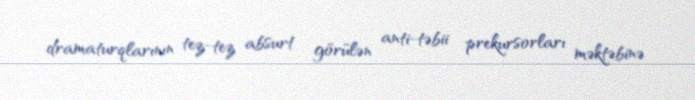
dramaturqlarının tez-tez absurt görülən anti-təbii prekursorları məktəbinə